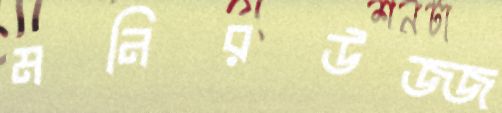
মনিরউজ্জ